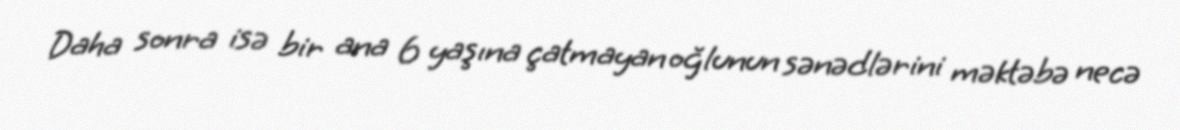
Daha sonra isə bir ana 6 yaşına çatmayan oğlunun sənədlərini məktəbə necə